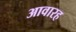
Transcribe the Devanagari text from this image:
आवारह